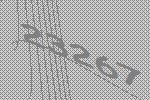
23267